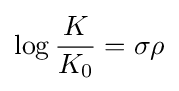
\log {\frac {K}{K_{0}}}=\sigma \rho